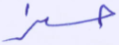
حيز